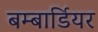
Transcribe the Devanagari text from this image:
बम्बार्डियर